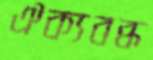
ঐক্যবব্ধ